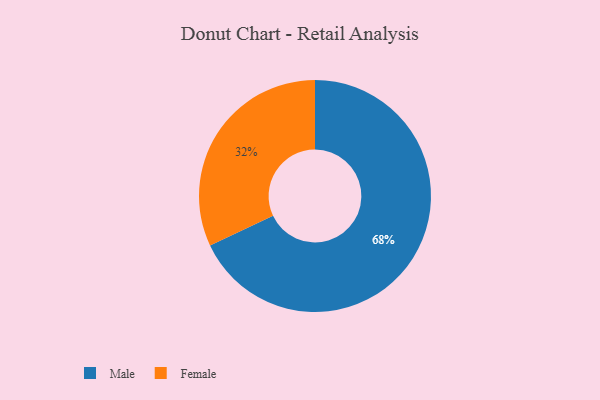
{"axis": {"x": "Category", "y": "Percentage"}, "legend": ["Female", "Male"], "data": [{"x": "Female", "y": 32, "type": "Female"}, {"x": "Male", "y": 68, "type": "Male"}]}